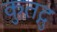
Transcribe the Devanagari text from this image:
कुतद्गु